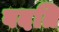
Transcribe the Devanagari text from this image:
वदति